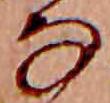
な